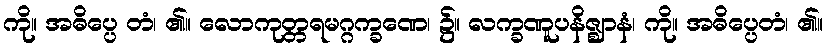
ကို။ အဓိပ္ပေ တံ၊ ၏။ လောကုတ္တရမဂ္ဂက္ခဏေ၊ ၌။ လက္ခဏူပနိဇ္ဈာနံ၊ ကို။ အဓိပ္ပေတံ၊ ၏။